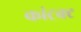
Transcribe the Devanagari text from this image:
कांट्रक्ट